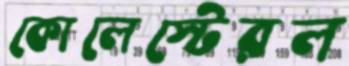
কোলেস্টেরল